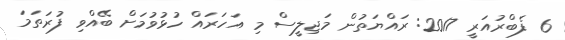
6 ފެބްރުއަރީ 2017: ރައްޔަތުން މަޖިލީސް މި އަހަރައް ހުޅުވުމަށް ބޭއްވި ފުރަތަމަ